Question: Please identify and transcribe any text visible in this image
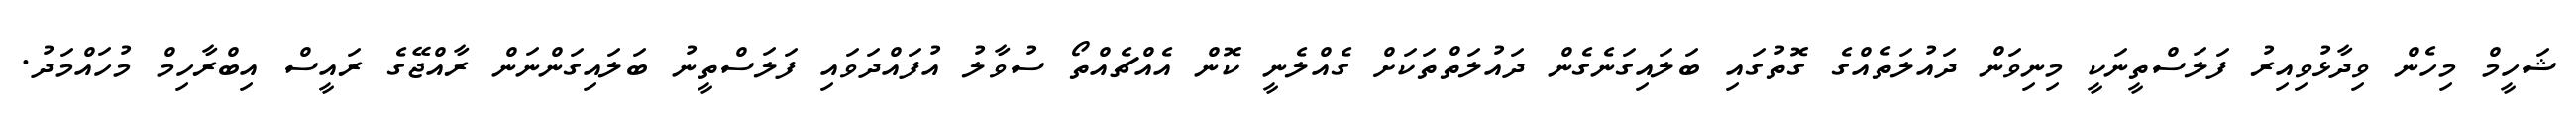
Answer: ޝަހީމް މިހެން ވިދާޅުވިއިރު ފަލަސްތީނަކީ މިނިވަން ދައުލަތެއްގެ ގޮތުގައި ބަލައިގަނެގެން ދައުލަތްތަކަށް ގެއްލެނީ ކޮން އެއްޗެއްތޯ ސުވާލު އުފައްދަވައި ފަލަސްތީނު ބަލައިގަންނަން ރާއްޖޭގެ ރައީސް އިބްރާހިމް މުހައްމަދު.